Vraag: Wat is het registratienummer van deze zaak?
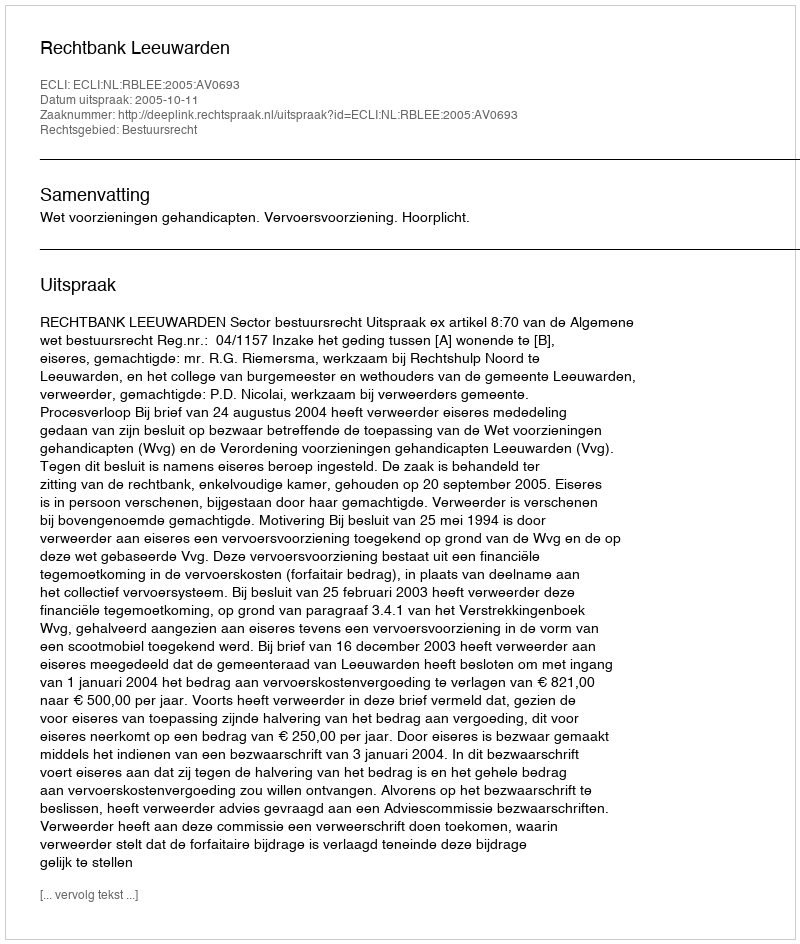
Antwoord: http://deeplink.rechtspraak.nl/uitspraak?id=ECLI:NL:RBLEE:2005:AV0693